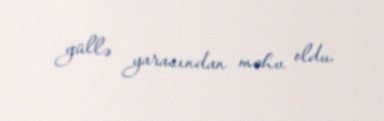
güllə yarasından məhv oldu.